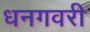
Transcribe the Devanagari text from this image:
धनगवरी